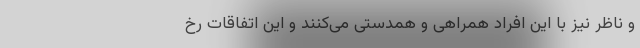
و ناظر نیز با این افراد همراهی و همدستی می‌کنند و این اتفاقات رخ